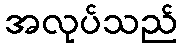
အလုပ်သည်